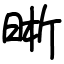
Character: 晰